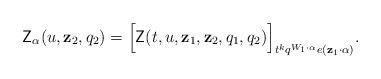
LaTeX: \begin{align*}\mathsf{Z}_{\alpha}(u, \mathbf{z}_2, q_2)=\Big[ \mathsf{Z}(t, u, \mathbf{z}_1, \mathbf{z}_2, q_1, q_2) \Big]_{t^k q^{W_1 \cdot \alpha} e(\mathbf{z}_1 \cdot \alpha)} .\end{align*}